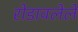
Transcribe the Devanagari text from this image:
रोडावलेले